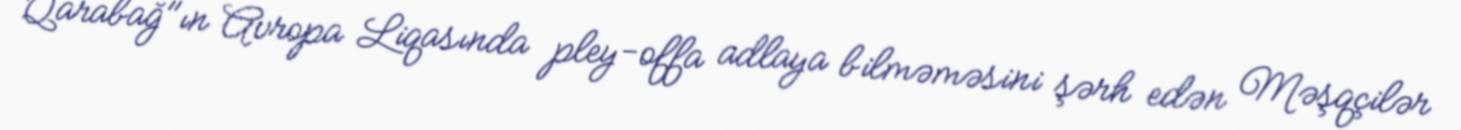
Qarabağ"ın Avropa Liqasında pley-offa adlaya bilməməsini şərh edən Məşqçilər